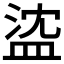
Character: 𥁭